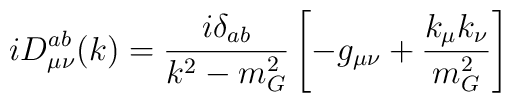
i D^{ab}_{\mu \nu} (k) = \frac{i \delta_{ab}}{k^2 - m^2_G} \left[- g_{\mu \nu}+ \frac{k_{\mu} k_{\nu}}{m^2_G}\right]